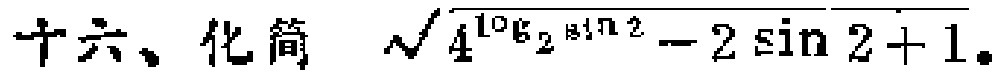
十六、化简 $\sqrt{4^{\log_{2}\sin 2}-2\sin 2 + 1}$。